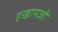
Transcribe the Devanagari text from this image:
हखामजी